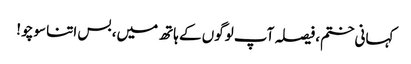
کہانی ختم، فیصلہ آپ لوگوں کے ہاتھ میں، بس اتنا سوچو !